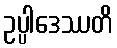
ဥပ္ပါဒေဿတိ